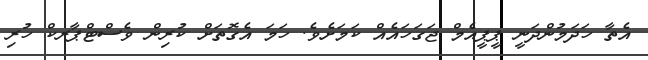
އެތާ ހަދަމުންދަނީ ޕީޕީއެމް ޖަގަހައެއް ކަމަށެވެ. ހަމަ އެގޮތަށް ކުރިން ވެސްޓްޕާރކް ހުރި